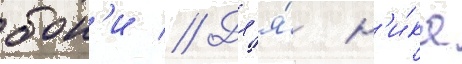
бон'и // Дл'я́ н'и́ка